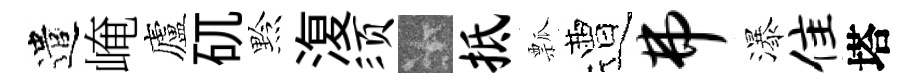
遣崦廬矹黔𣸪须卡抵瓢遭弗瀑隹塔